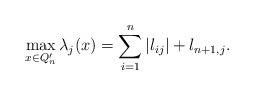
LaTeX: \begin{align*}\max_{x\in Q_n'} \lambda_j(x)=\sum_{i=1}^n |l_{ij}|+l_{n+1,j}.\end{align*}